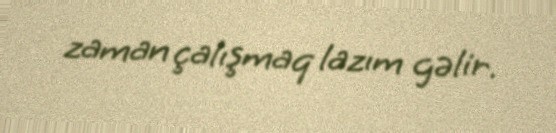
zaman çalışmaq lazım gəlir.